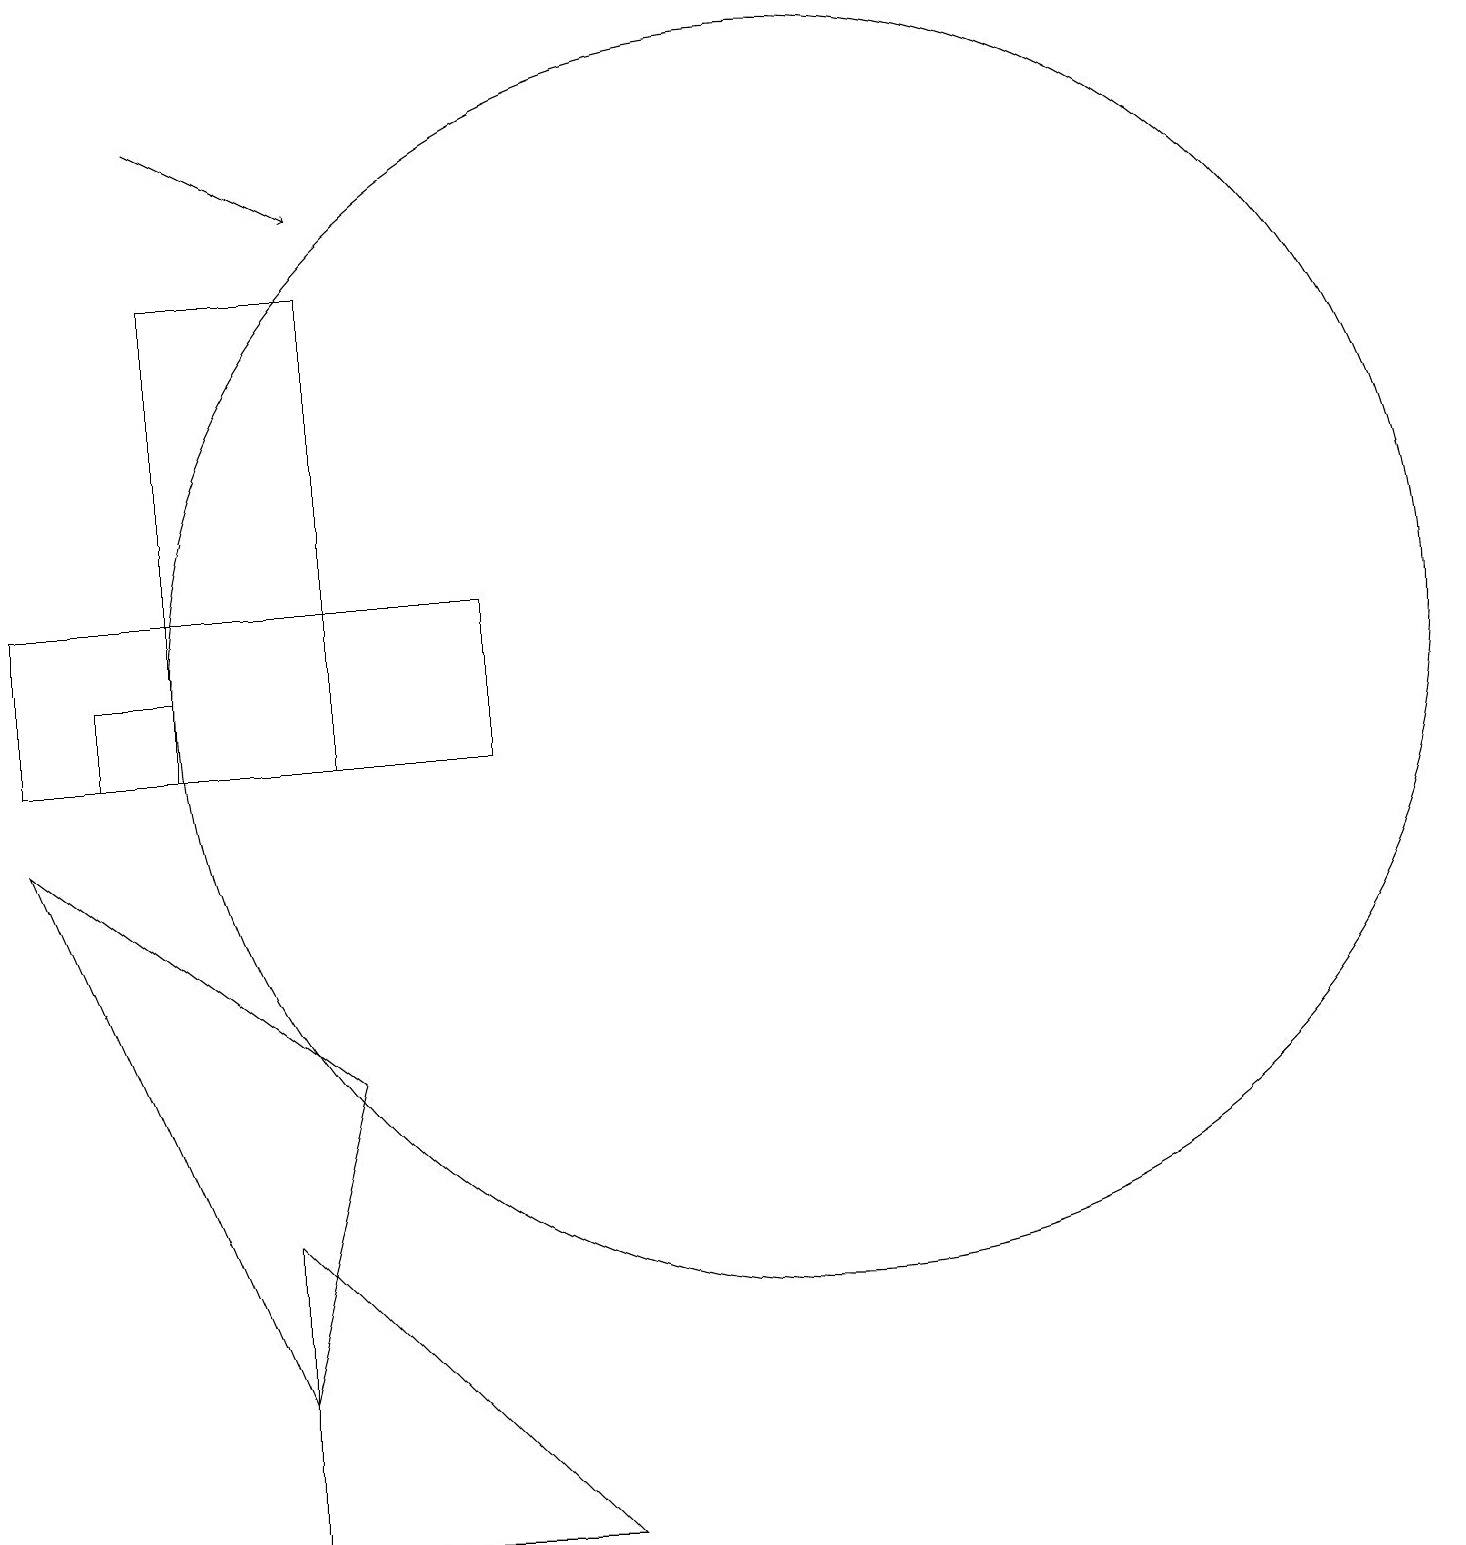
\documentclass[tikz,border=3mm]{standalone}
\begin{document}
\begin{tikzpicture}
\draw (4,0) -- (4,4) -- (8,0) -- cycle;
\draw (7,10) rectangle (1,12);
\draw (4,2) -- (1,9) -- (5,6) -- cycle;
\draw (5,16) rectangle (3,10);
\draw[->] (3,18) -- (5,17);
\draw (3,11) rectangle (2,10);
\draw (11,11) circle (8);
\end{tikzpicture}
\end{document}